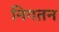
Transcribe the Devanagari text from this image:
निगतन